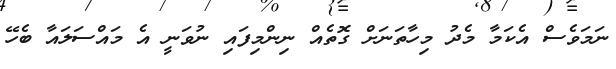
ނަމަވެސް އެކަމާ މެދު މިހާތަނަށް ގޮތެއް ނިންމިފައި ނުވަނީ އެ މައްސަލައާ ބެހޭ